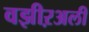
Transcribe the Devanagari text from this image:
वझीऱअली